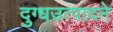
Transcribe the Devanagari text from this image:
दुग्धउत्पादने